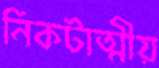
নিকটাত্মীয়